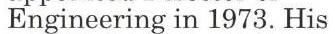
Engineering in 1973. His